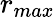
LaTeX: r_{max}